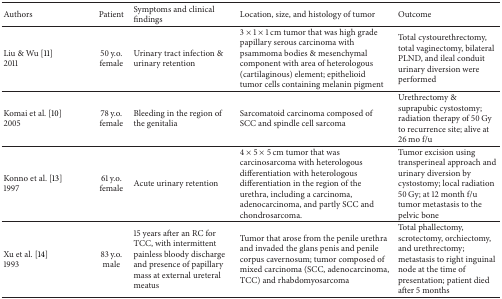
| Authors | Patient | Symptoms and clinical findings | Location, size, and histology of tumor | Outcome |
 | --- | --- | --- | --- | --- |
 | Liu & Wu [11] 2011 | 50 y.o.female | Urinary tract infection & urinary retention | 3 × 1 × 1 cm tumor that was high grade papillary serous carcinoma with psammoma bodies & mesenchymal component with area of heterologous (cartilaginous) element; epithelioid tumor cells containing melanin pigment | Total cystourethrectomy, total vaginectomy, bilateral PLND, and ileal conduit urinary diversion were performed |
 | Komai et al. [10] 2005 | 78 y.o.female | Bleeding in the region of the genitalia | Sarcomatoid carcinoma composed of SCC and spindle cell sarcoma | Urethrectomy & suprapubic cystostomy; radiation therapy of 50 Gy to recurrence site; alive at 26 mo f/u |
 | Konno et al. [13]1997 | 61 y.o.female | Acute urinary retention | 4 × 5 × 5 cm tumor that was carcinosarcoma with heterologous differentiation with heterologous differentiation in the region of the urethra, including a carcinoma, adenocarcinoma, and partly SCC and chondrosarcoma. | Tumor excision using transperineal approach and urinary diversion by cystostomy; local radiation 50 Gy; at 12 month f/u tumor metastasis to the pelvic bone |
 | Xu et al. [14]1993 | 83 y.o.male | 15 years after an RC for TCC, with intermittent painless bloody discharge and presence of papillary mass at external ureteral meatus | Tumor that arose from the penile urethra and invaded the glans penis and penile corpus cavernosum; tumor composed of mixed carcinoma (SCC, adenocarcinoma, TCC) and rhabdomyosarcoma | Total phallectomy, scrotectomy, orchiectomy, and urethrectomy; metastasis to right inguinal node at the time of presentation; patient died after 5 months |